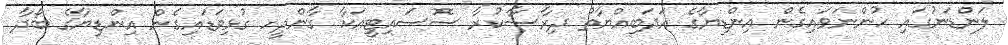
ލަންޑަނުގައި ހުންނަވައިގެން އިންޑިޔާގެ އަދަބިއްޔާތު ދިރާސާކުރާ ސޮސައިޓީއަކާ ގާންދީހ ގުޅިވަޑައިގެން އިންޑިޔާގެ ބޯދާ